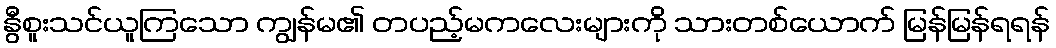
နွီစူးသင်ယူကြသော ကျွန်မ၏ တပည့်မကလေးများကို သားတစ်ယောက် မြန်မြန်ရရန်